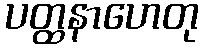
ပတ္ထနာဟေတု